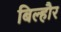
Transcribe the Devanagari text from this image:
बिल्‍हौर